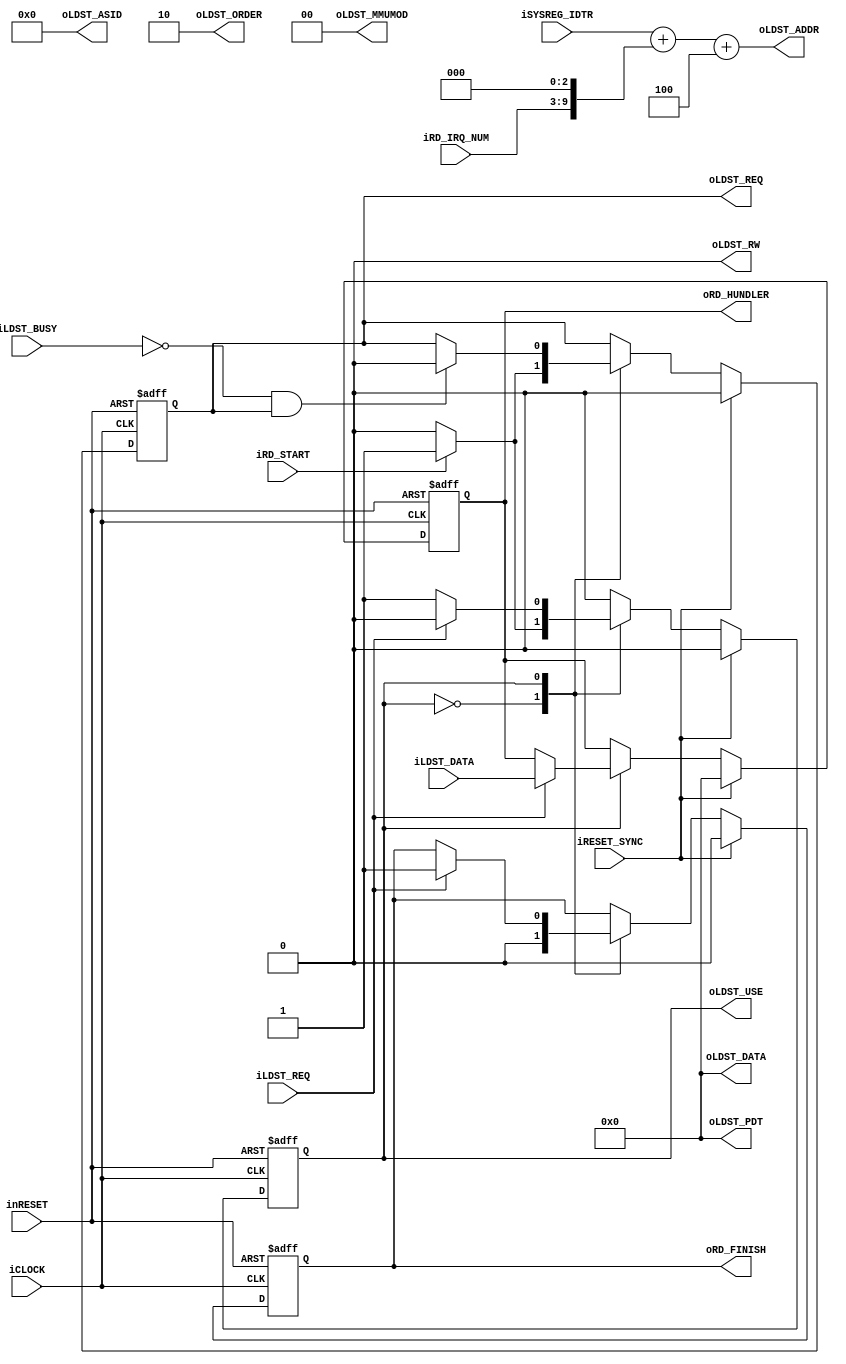
module pipeline_control_hundler_read(
		input wire iCLOCK,
		input wire inRESET,
		input wire iRESET_SYNC,
		input wire [31:0] iSYSREG_IDTR,
		input wire iRD_START,
		input wire [6:0] iRD_IRQ_NUM,
		output wire oRD_FINISH,
		output wire [31:0] oRD_HUNDLER,
		output wire oLDST_USE,
		output wire oLDST_REQ,
		input wire iLDST_BUSY,
		output wire [1:0] oLDST_ORDER,	
		output wire oLDST_RW,		
		output wire [13:0] oLDST_ASID,
		output wire [1:0] oLDST_MMUMOD,
		output wire [31:0] oLDST_PDT,
		output wire [31:0] oLDST_ADDR,
		output wire [31:0] oLDST_DATA,
		input wire iLDST_REQ,
		input wire [31:0] iLDST_DATA
	);
	localparam L_PARAM_INTHUNDLE_STT_IDLE = 1'b0;
	localparam L_PARAM_INTHUNDLE_STT_LOAD = 1'b1;
	reg b_inthundl_read_state;
	reg b_inthundl_read;
	reg b_inthundl_readend;
	reg [31:0] b_inthundl_idt_data;
	wire [31:0] inthundle_read_addr = iSYSREG_IDTR + {iRD_IRQ_NUM, 3'h0} + 32'h4;
	always@(posedge iCLOCK or negedge inRESET)begin
		if(!inRESET)begin
			b_inthundl_read_state <= L_PARAM_INTHUNDLE_STT_IDLE;
			b_inthundl_read <= 1'b0;
			b_inthundl_readend <= 1'b0;
			b_inthundl_idt_data <= 32'h0;
		end
		else if(iRESET_SYNC)begin
			b_inthundl_read_state <= L_PARAM_INTHUNDLE_STT_IDLE;
			b_inthundl_read <= 1'b0;
			b_inthundl_readend <= 1'b0;
			b_inthundl_idt_data <= 32'h0;
		end
		else begin
			case(b_inthundl_read_state)
				L_PARAM_INTHUNDLE_STT_IDLE:
					begin
						if(iRD_START)begin
							b_inthundl_read_state <= L_PARAM_INTHUNDLE_STT_LOAD;
							b_inthundl_read <= 1'b1;
						end
						else begin
							b_inthundl_read <= 1'b0;
						end
						b_inthundl_readend <= 1'b0;
					end
				L_PARAM_INTHUNDLE_STT_LOAD:
					begin
						if(!iLDST_BUSY && b_inthundl_read)begin
							b_inthundl_read <= 1'b0;
						end
						if(iLDST_REQ)begin
							b_inthundl_readend <= 1'b1;
							b_inthundl_read_state <= L_PARAM_INTHUNDLE_STT_IDLE;
							b_inthundl_idt_data <= iLDST_DATA;
						end
					end
			endcase
		end
	end
	assign oRD_FINISH = b_inthundl_readend;
	assign oRD_HUNDLER = b_inthundl_idt_data;
	assign oLDST_USE = b_inthundl_read_state == L_PARAM_INTHUNDLE_STT_LOAD;
	assign oLDST_REQ = b_inthundl_read;
	assign oLDST_ORDER = 2'h2;	
	assign oLDST_RW = 1'b0;		
	assign oLDST_ASID = 14'h0;
	assign oLDST_MMUMOD = 2'h0;
	assign oLDST_PDT = 32'h0;
	assign oLDST_ADDR = inthundle_read_addr;
	assign oLDST_DATA = 32'h0;
endmodule